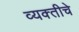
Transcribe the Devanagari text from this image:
व्यक्‍तीचे